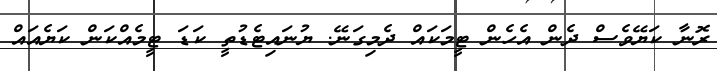
ރޮނާ ކަޔޭވެސް ދެން އެހެން ޓީމަކައް ދެމިގަނޭ. ޔުނައިޓެޑުތީ ކަޑަ ޓީމެއްކަން ކަޔެއައް